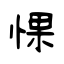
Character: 惈